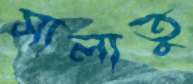
সালাতু